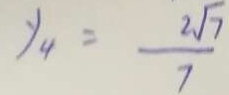
y _ { 4 } = \frac { 2 \sqrt { 7 } } { 7 }